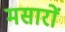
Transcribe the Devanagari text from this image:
मसारों